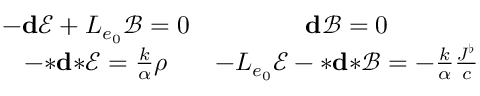
\begin{array} { c c } { - \mathbf { d } \mathscr { E } + L _ { e _ { 0 } } \mathscr { B } = 0 } & { \mathbf { d } \mathscr { B } = 0 } \\ { - { \boldsymbol { * } } \mathbf { d } { \boldsymbol { * } } \mathscr { E } = \frac { k } { \alpha } \rho } & { - L _ { e _ { 0 } } \mathscr { E } - { \boldsymbol { * } } \mathbf { d } { \boldsymbol { * } } \mathscr { B } = - \frac { k } { \alpha } \frac { \boldsymbol { J ^ { \flat } } } { c } } \end{array}